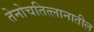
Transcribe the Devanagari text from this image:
तेनोचतित्लानातील